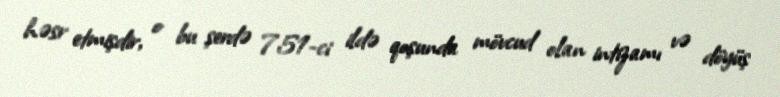
həsr etmişdir, o bu şerdə 751-ci ildə qoşunda mövcud olan intizamı və döyüş